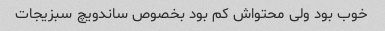
خوب بود ولی محتواش کم بود بخصوص ساندویچ سبزیجات